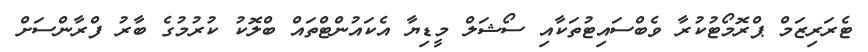
ޓެރަރިޒަމް ޕްރޮމޯޓުކުރާ ވެބްސައިޓުތަކާއި ސޯޝަލް މީޑިޔާ އެކައުންޓްތައް ބްލޮކު ކުރުމުގެ ބާރު ފްރާންސަށް